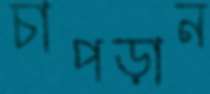
চাপড়ান